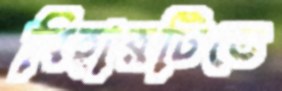
বিহারটিতে